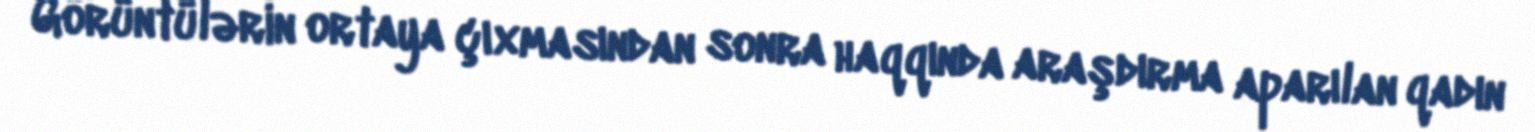
Görüntülərin ortaya çıxmasından sonra haqqında araşdırma aparılan qadın